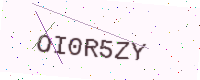
Text: OI0R5ZY